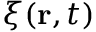
\xi ( { \bf r } , t )